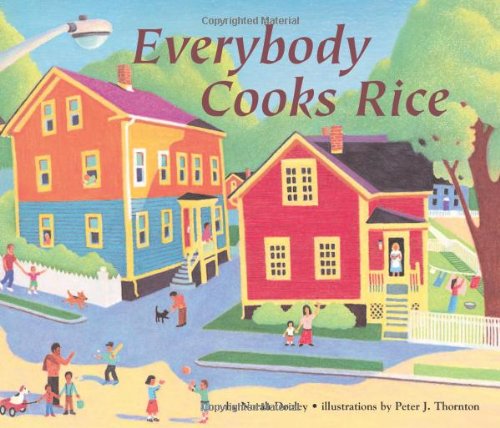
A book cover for Everybody Cooks Rice (Carolrhoda Picture Books); Norah Dooley; Children's Books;